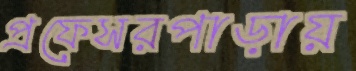
প্রফেসরপাড়ায়